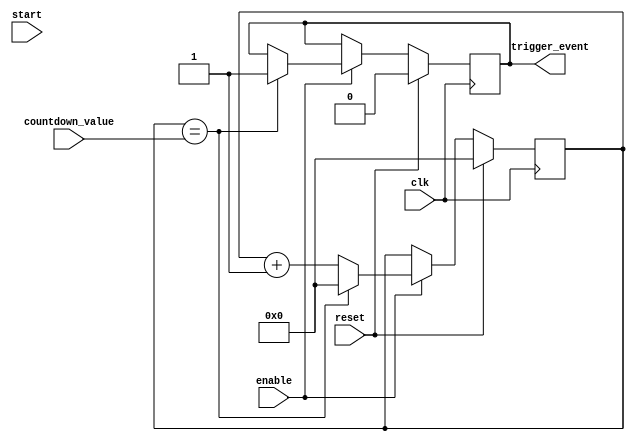
module CountdownTimer (
    input wire clk,
    input wire reset,
    input wire enable,
    input wire start,
    input wire [7:0] countdown_value,
    output reg trigger_event
);

reg [7:0] counter;
reg [7:0] comparator;

always @(posedge clk) begin
    if (reset) begin
        counter <= 8'b00000000;
        comparator <= countdown_value;
        trigger_event <= 0;
    end else begin
        if (enable) begin
            counter <= counter + 1;
            
            if (counter == countdown_value) begin
                trigger_event <= 1;
                counter <= 8'b00000000;
            end
        end
    end
end

endmodule